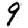
Digit: 9